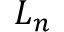
L _ { n }